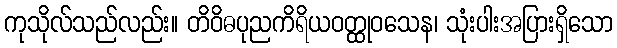
ကုသိုလ်သည်လည်း။ တိဝိဓပုညကိရိယဝတ္ထုဝသေန၊ သုံးပါးအပြားရှိသော